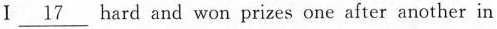
I \underline{17} hard and won prizes one after another in